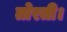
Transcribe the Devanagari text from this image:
तोरती।